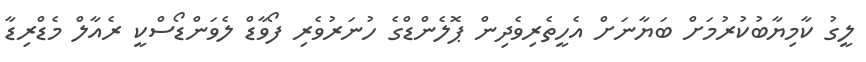
ލީގު ކާމިޔާބުކުރުމަށް ބަޔާނަށް އެހީތެރިވެދިން ޕޮލެންޑްގެ ހުނަރުވެރި ފޯވާޑް ލެވަންޑޯސްކީ ރެއާލް މެޑްރިޑާ